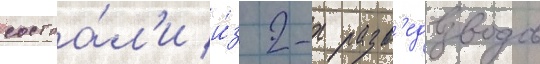
состоа́л'и и́з 2-х разв'едвзводов